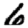
Digit: 6